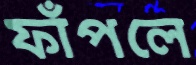
ফাঁপলে